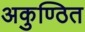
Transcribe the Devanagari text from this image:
अकुण्ठित